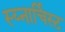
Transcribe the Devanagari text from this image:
स्य्नार्चिस्ट